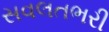
સવલતભરી